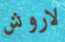
لاروش